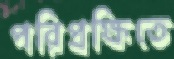
পরিপ্রক্ষিতে